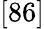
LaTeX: [86]